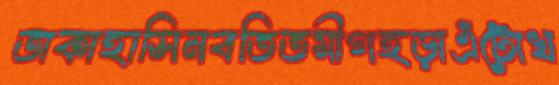
তাকাহাসিনবতিতমীগহড়াএঁটোখ